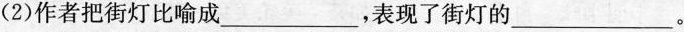
(2)作者把街灯比喻成_________，表现了街灯的_________ 。